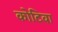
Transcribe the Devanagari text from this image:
कोटिवा